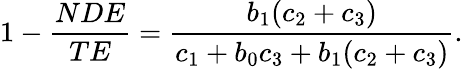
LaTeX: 1-{\frac{NDE}{TE}}={\frac{b_{1}(c_{2}+c_{3})}{c_{1}+b_{0}c_{3}+b_{1}(c_{2}+c_{3})}}.